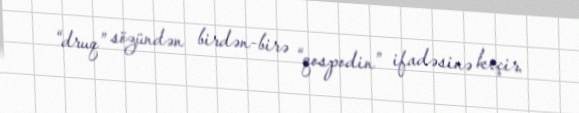
“druq” sözündən birdən-birə “qospodin” ifadəsinə keçir.